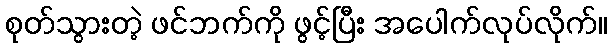
စုတ်သွားတဲ့ ဖင်ဘက်ကို ဖွင့်ပြီး အပေါက်လုပ်လိုက်။